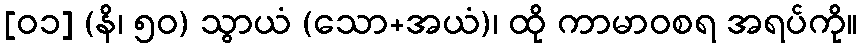
[၀၁] (နိ၊ ၅၀) သွာယံ (သော+အယံ)၊ ထို ကာမာဝစရ အရပ်ကို။